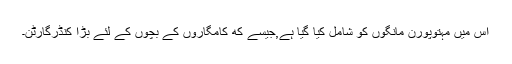
اس میں مہتوپورن مانگوں کو شامل کیا گیا ہے,جیسے که کامگاروں کے بچوں کے لئے بڑا کنڈرگارٹن۔